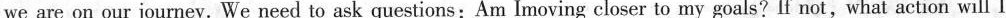
we are on our journey. We need to ask questions:Am Imoving closer to my goals? If not, what action will I